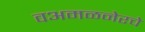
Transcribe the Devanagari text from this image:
वअमळनेरचे